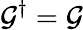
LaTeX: {\cal G}^{\dagger}={\cal G}